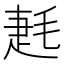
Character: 𣮌